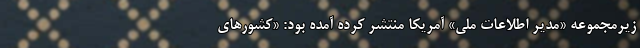
زیرمجموعه «مدیر اطلاعات ملی» آمریکا منتشر کرده آمده بود: «کشورهای